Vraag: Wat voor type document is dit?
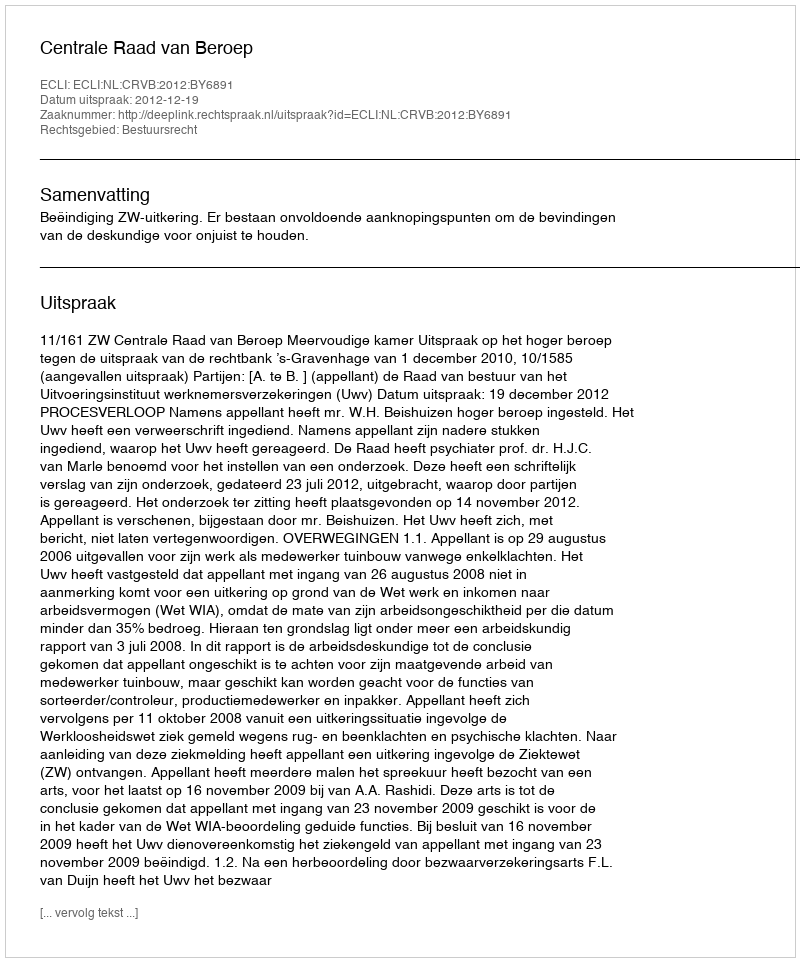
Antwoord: Uitspraak